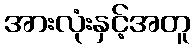
အားလုံးနှင့်အတူ